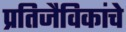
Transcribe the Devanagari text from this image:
प्रतिजैविकांचे